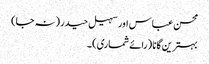
محسن عباس اور سہیل حیدر (نہ جا)
بہترین گانا (رائے شماری) ۔